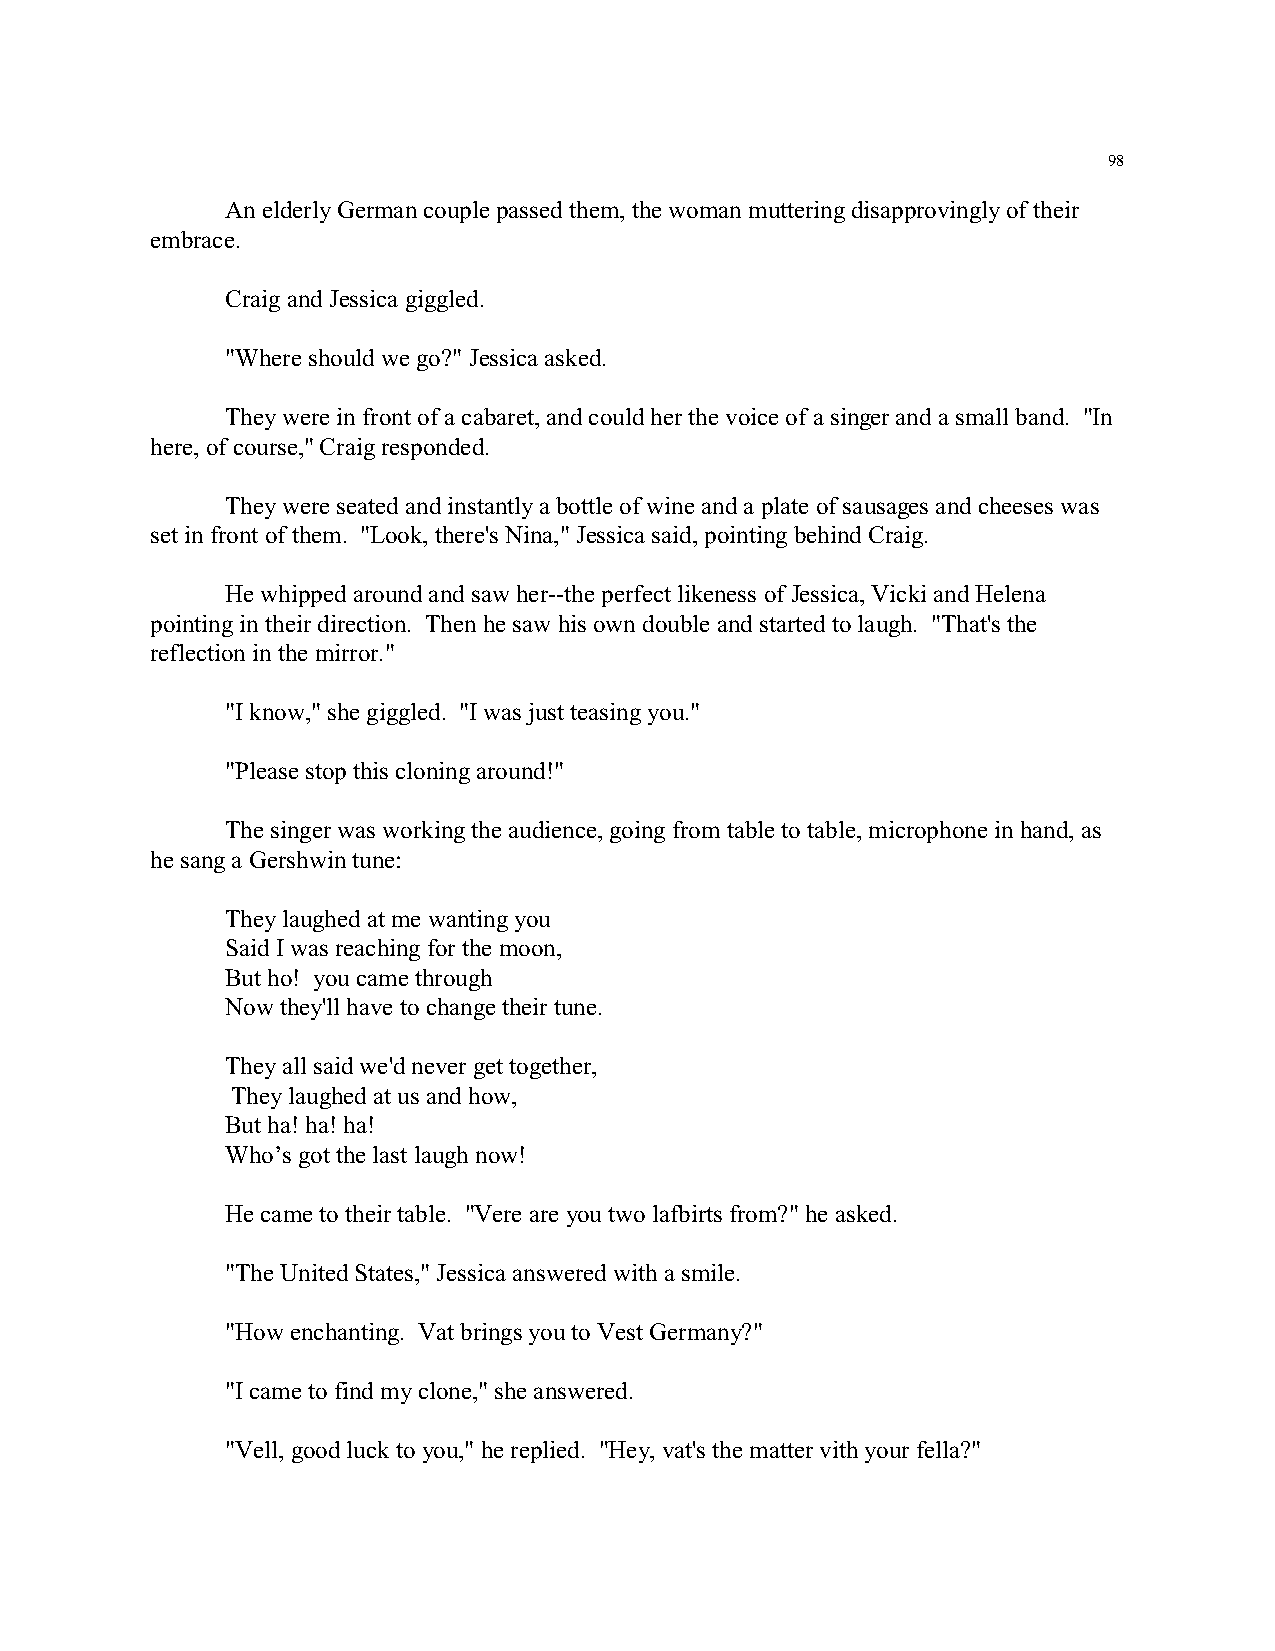
98
 An elderly German couple passed them, the woman muttering disapprovingly of their
 embrace.
 Craig and Jessica giggled.
 "Where should we go?" Jessica asked.
 They were in front of a cabaret, and could her the voice of a singer and a small band. "In
 here, of course," Craig responded.
 They were seated and instantly a bottle of wine and a plate of sausages and cheeses was
 set in front of them. "Look, there's Nina," Jessica said, pointing behind Craig.
 He whipped around and saw her--the perfect likeness of Jessica, Vicki and Helena
 pointing in their direction. Then he saw his own double and started to laugh. "That's the
 reflection in the mirror."
 "I know," she giggled. "I was just teasing you."
 "Please stop this cloning around!"
 The singer was working the audience, going from table to table, microphone in hand, as
 he sang a Gershwin tune:
 They laughed at me wanting you
 Said I was reaching for the moon,
 But ho! you came through
 Now they'll have to change their tune.
 They all said we'd never get together,
 They laughed at us and how,
 But ha! ha! ha!
 Who’s got the last laugh now!
 He came to their table. "Vere are you two lafbirts from?" he asked.
 "The United States," Jessica answered with a smile.
 "How enchanting. Vat brings you to Vest Germany?"
 "I came to find my clone," she answered.
 "Vell, good luck to you," he replied. "Hey, vat's the matter vith your fella?"